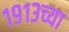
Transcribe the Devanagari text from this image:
१९१३च्या